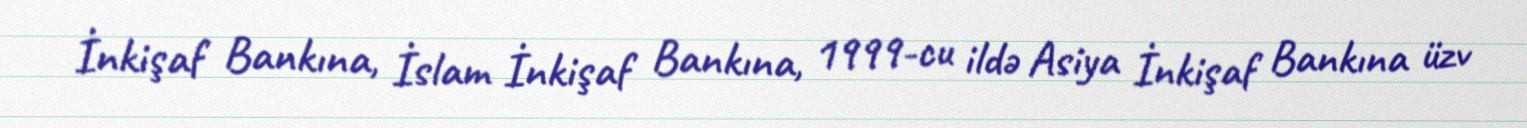
İnkişaf Bankına, İslam İnkişaf Bankına, 1999-cu ildə Asiya İnkişaf Bankına üzv